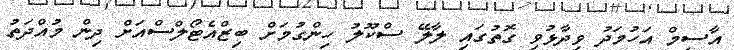
އާސިމް އަހުމަދު ވިދާޅުވި ގޮތުގައި ލާލޭ ސްކޫލު ހިންގުމަށް ބިޒްއެޓޯލްސްއަށް ދިން މުއްދަތު